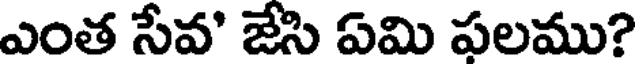
ఎంత సేవ' జేసి ఏమి ఫలము?